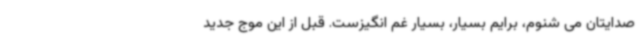
صدایتان می شنوم، برایم بسیار، بسیار غم انگیزست. قبل از این موج جدید